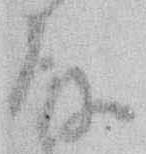
殿